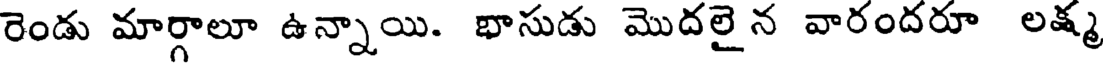
రెండు మార్గాలూ ఉన్నాయి. భాసుడు మొదలైన వారందరూ లక్ష్మ